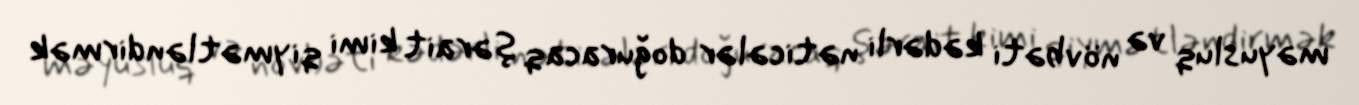
məyusluq və növbəti kədərli nəticələr doğuracaq şərait kimi qiymətləndirmək